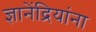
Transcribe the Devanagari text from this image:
ज्ञानेंद्रियांना